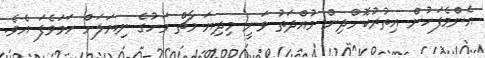
އެންމެފަހުން އިތުރުކޮށްދިން މުއްދަތު ވަނީ މިދިޔަ މާޗް މަހުގެ ނިޔަލަށް ހަމަވެފަ އެވެ.